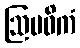
ဩပဓိကံ